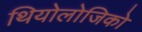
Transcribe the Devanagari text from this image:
थियोलोजिको